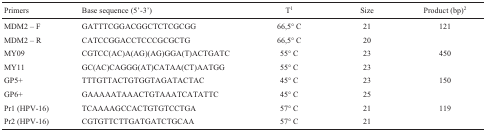
| Primers | Base sequence (5'-3') | T1 | Size | Product (bp)2 |
 | --- | --- | --- | --- | --- |
 | MDM2 – F | GATTTCGGACGGCTCTCGCGG | 66,5° C | 21 | 121 |
 | MDM2 – R | CATCCGGACCTCCCGCGCTG | 66,5° C | 20 |  |
 | MY09 | CGTCC(AC)A(AG)(AG)GGA(T)ACTGATC | 55° C | 23 | 450 |
 | MY11 | GC(AC)CAGGG(AT)CATAA(CT)AATGG | 55° C | 23 |  |
 | GP5+ | TTTGTTACTGTGGTAGATACTAC | 45° C | 23 | 150 |
 | GP6+ | GAAAAATAAACTGTAAATCATATTC | 45° C | 25 |  |
 | Pr1 (HPV-16) | TCAAAAGCCACTGTGTCCTGA | 57° C | 21 | 119 |
 | Pr2 (HPV-16) | CGTGTTCTTGATGATCTGCAA | 57° C | 21 |  |